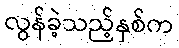
လွန်ခဲ့သည့်နှစ်က